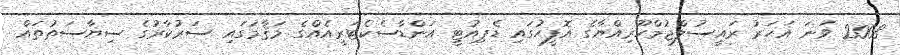
2008 ވަނަ އަހަރު ރައީސުލްޖުމްހޫރިއްޔާގެ އޮފީހުގައި ޑެޕިއުޓީ އަންޑާސެކެޓަރީއެއްގެ މަޤާމުގައި ސަރުކާރުގެ ސިޔާސަތުތައް